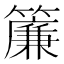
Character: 簾